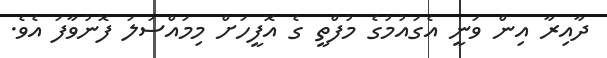
ދާއިރާ އިން ވަނީ އެގައުމުގެ މުފްތީ ގެ އޮފީހަށް މިމައްސަލަ ފޮނުވާފަ އެވެ.